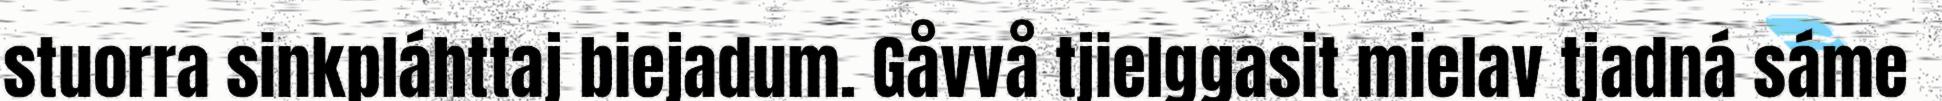
stuorra sinkpláhttaj biejadum. Gåvvå tjielggasit mielav tjadná sáme